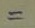
=